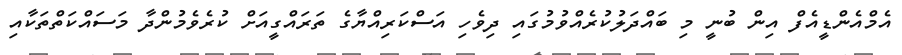
އެމްއެންޑީއެފް އިން ބުނީ މި ބައްދަލުކުރެއްވުމުގައި ދިވެހި އަސްކަރިއްޔާގެ ތަރައްގީއަށް ކުރެވެމުންދާ މަސައްކަތްތަކާއި